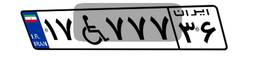
۱۷W۷۷۷۳۶